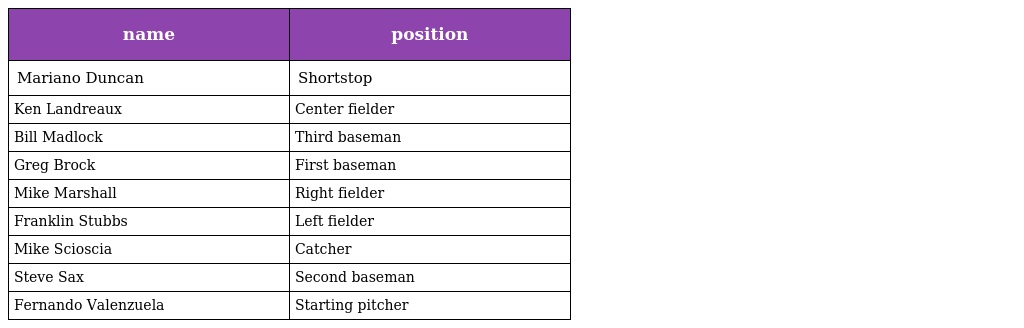
| name | position |
 | --- | --- |
 | Mariano Duncan | Shortstop |
 | Ken Landreaux | Center fielder |
 | Bill Madlock | Third baseman |
 | Greg Brock | First baseman |
 | Mike Marshall | Right fielder |
 | Franklin Stubbs | Left fielder |
 | Mike Scioscia | Catcher |
 | Steve Sax | Second baseman |
 | Fernando Valenzuela | Starting pitcher |